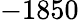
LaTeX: -1850